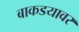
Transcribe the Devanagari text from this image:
बाकडयावर